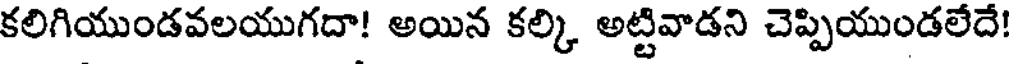
కలిగియుండవలయుగదా! అయిన కల్కి అట్టివాడని చెప్పియుండలేదే!